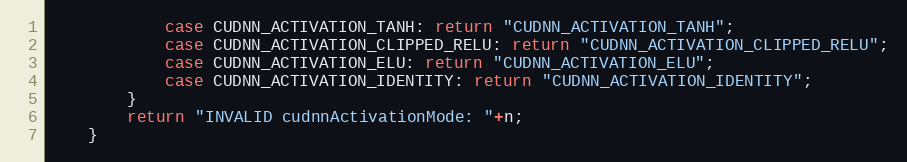
Language: Java
            case CUDNN_ACTIVATION_TANH: return "CUDNN_ACTIVATION_TANH";
            case CUDNN_ACTIVATION_CLIPPED_RELU: return "CUDNN_ACTIVATION_CLIPPED_RELU";
            case CUDNN_ACTIVATION_ELU: return "CUDNN_ACTIVATION_ELU";
            case CUDNN_ACTIVATION_IDENTITY: return "CUDNN_ACTIVATION_IDENTITY";
        }
        return "INVALID cudnnActivationMode: "+n;
    }